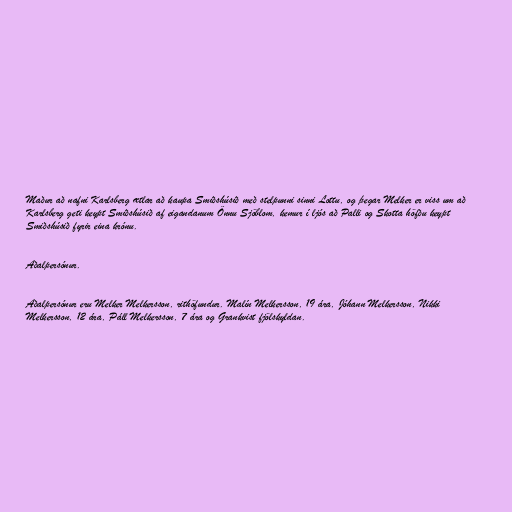
Maður að nafni Karlsberg ætlar að kaupa Smiðshúsið með stelpunni sinni Lottu, og þegar Melker er viss um að
Karlsberg geti keypt Smiðshúsið af eigandanum Önnu Sjöblom, kemur í ljós að Palli og Skotta höfðu keypt
Smiðshúsið fyrir eina krónu.

Aðalpersónur.

Aðalpersónur eru Melker Melkersson, rithöfundur. Malín Melkersson, 19 ára, Jóhann Melkersson, Nikki
Melkersson, 12 ára, Páll Melkersson, 7 ára og Grankvist fjölskyldan.